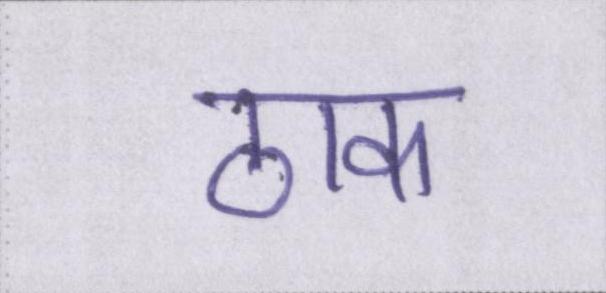
ठाक